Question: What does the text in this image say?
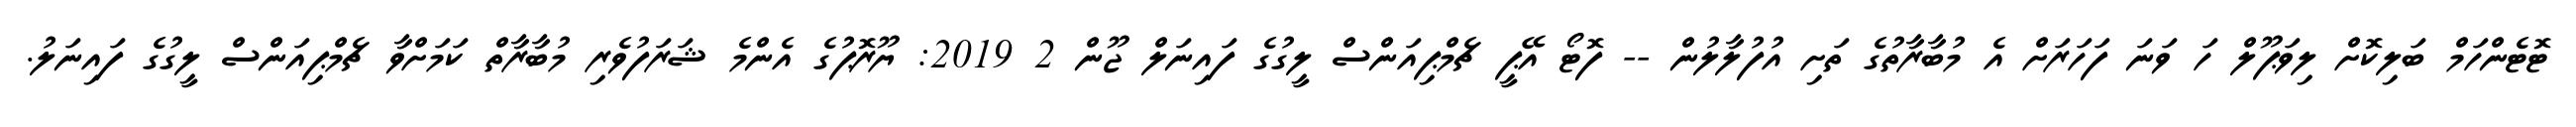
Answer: ޓޮޓެންހަމް ބަލިކޮށް ލިވަޕޫލް ހަ ވަނަ ފަހަރަށް އެ މުބާރާތުގެ ތަށި އުފުލާލުން -- ފޮޓޯ އޭޕީ ޗެމްޕިއަންސް ލީގުގެ ފައިނަލް ޖޫން 2 2019: ޔޫރޮޕުގެ އެންމެ ޝަރަފުވެރި މުބާރާތް ކަމަށްވާ ޗެމްޕިއަންސް ލީގުގެ ފައިނަލު.